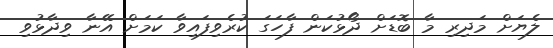
ލެޔަށް މަދިރި މާ ބޮޑަށް ދޯޅުކަން ފާހަގަ ކުރެވިފައިވާ ކަމަށް އޭނާ ވިދާޅުވި